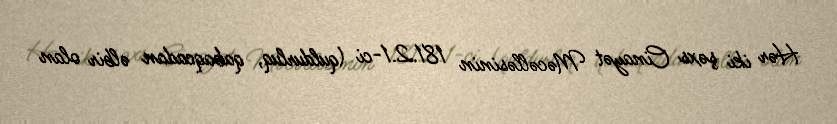
Hər iki şəxs Cinayət Məcəlləsinin 181.2.1-ci (quldurluq, qabaqcadan əlbir olan